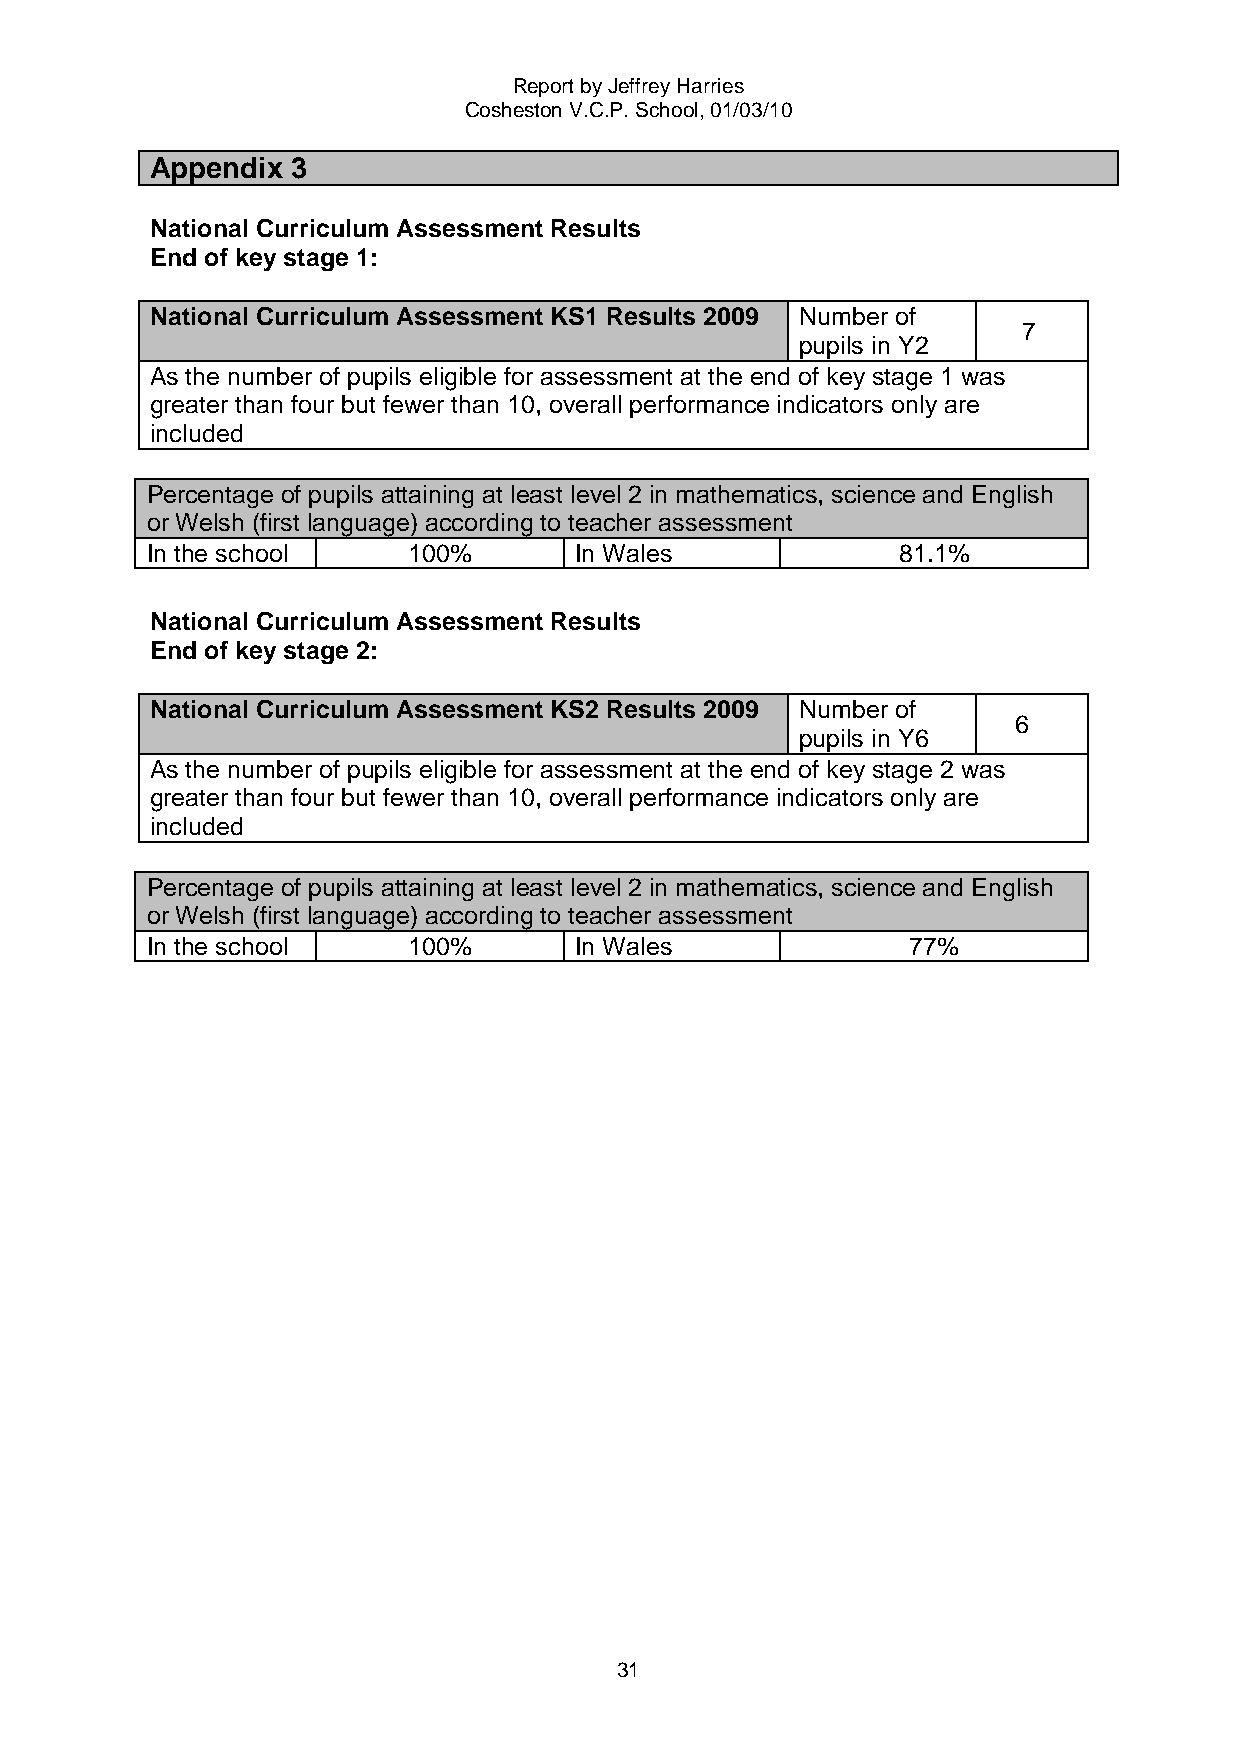
Report by Jeffrey Harries
 Cosheston V.C.P. School, 01/03/10
 Appendix 3
 National Curriculum Assessment Results
 End of key stage 1:
 National Curriculum Assessment KS1 Results 2009 Number of
 7
 pupils in Y2
 As the number of pupils eligible for assessment at the end of key stage 1 was
 greater than four but fewer than 10, overall performance indicators only are
 included
 Percentage of pupils attaining at least level 2 in mathematics, science and English
 or Welsh (first language) according to teacher assessment
 In the school    100%       In Wales             81.1%
 National Curriculum Assessment Results
 End of key stage 2:
 National Curriculum Assessment KS2 Results 2009 Number of
 6
 pupils in Y6
 As the number of pupils eligible for assessment at the end of key stage 2 was
 greater than four but fewer than 10, overall performance indicators only are
 included
 Percentage of pupils attaining at least level 2 in mathematics, science and English
 or Welsh (first language) according to teacher assessment
 In the school    100%       In Wales              77%
 31